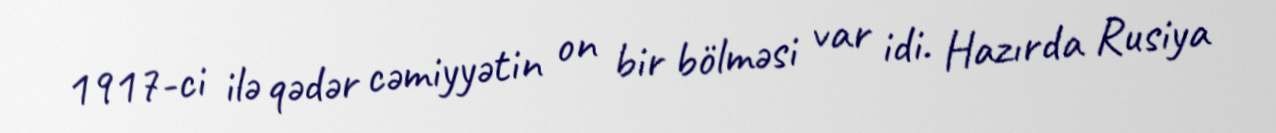
1917-ci ilə qədər cəmiyyətin on bir bölməsi var idi. Hazırda Rusiya